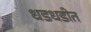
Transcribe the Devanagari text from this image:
धडधडीत